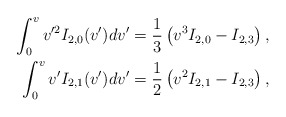
\begin{align*} \int_0^vv'^2I_{2,0}(v')dv'&=\frac{1}{3}\left(v^3I_{2,0}-I_{2,3}\right),\\ \int_0^vv'I_{2,1}(v')dv'&=\frac{1}{2}\left(v^2I_{2,1}-I_{2,3}\right),\end{align*}